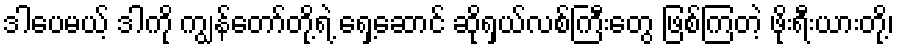
ဒါပေမယ့် ဒါကို ကျွန်တော်တို့ရဲ့ ရှေ့ဆောင် ဆိုရှယ်လစ်ကြီးတွေ ဖြစ်ကြတဲ့ ဖိုးရီးယားတို့၊